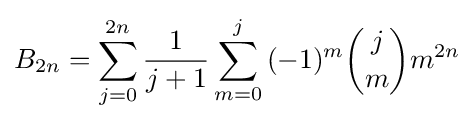
B_{2n}=\sum _{j=0}^{2n}{\frac {1}{j+1}}\sum _{m=0}^{j}{(-1)^{m}{j \choose m}m^{2n}}